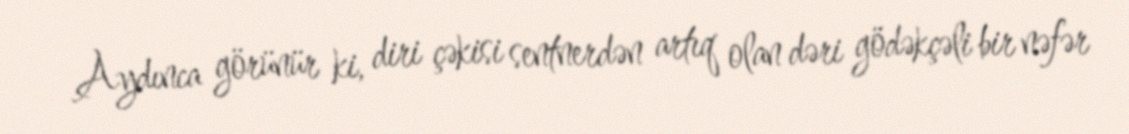
Aydınca görünür ki, diri çəkisi sentnerdən artıq olan dəri gödəkçəli bir nəfər